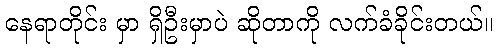
နေရာတိုင်း မှာ ရှိဦးမှာပဲ ဆိုတာကို လက်ခံခိုင်းတယ်။